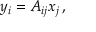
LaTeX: y _ { i } = A _ { i j } x _ { j } \, ,